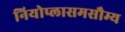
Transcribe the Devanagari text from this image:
नियोप्लासमसौम्य